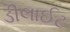
ડીલાઈટ